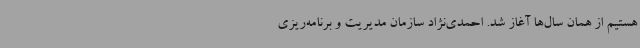
هستیم از همان سال‌ها آغاز شد. احمدی‌نژاد سازمان مدیریت و برنامه‌ریزی